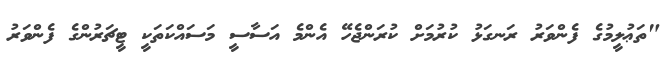
"ތަޢުލީމުގެ ފެންވަރު ރަނގަޅު ކުރުމަށް ކުރަންޖެހޭ އެންމެ އަސާސީ މަސައްކަތަކީ ޓީޗަރުންގެ ފެންވަރު